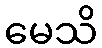
မေသိ